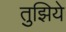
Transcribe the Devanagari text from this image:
तुझिये